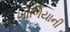
ખોળિયાની